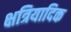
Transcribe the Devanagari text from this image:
क्षत्रियादिक